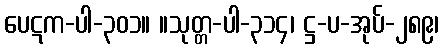
ပေဋက-ပါ-၃၀၁။ ။သုတ္တ-ပါ-၃၁၄၊ ဋ္ဌ-ပ-အုပ်-၂၈၉၊